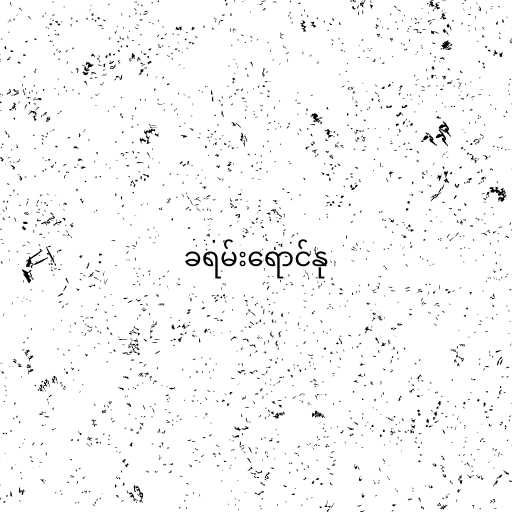
ခရမ်းရောင်နု